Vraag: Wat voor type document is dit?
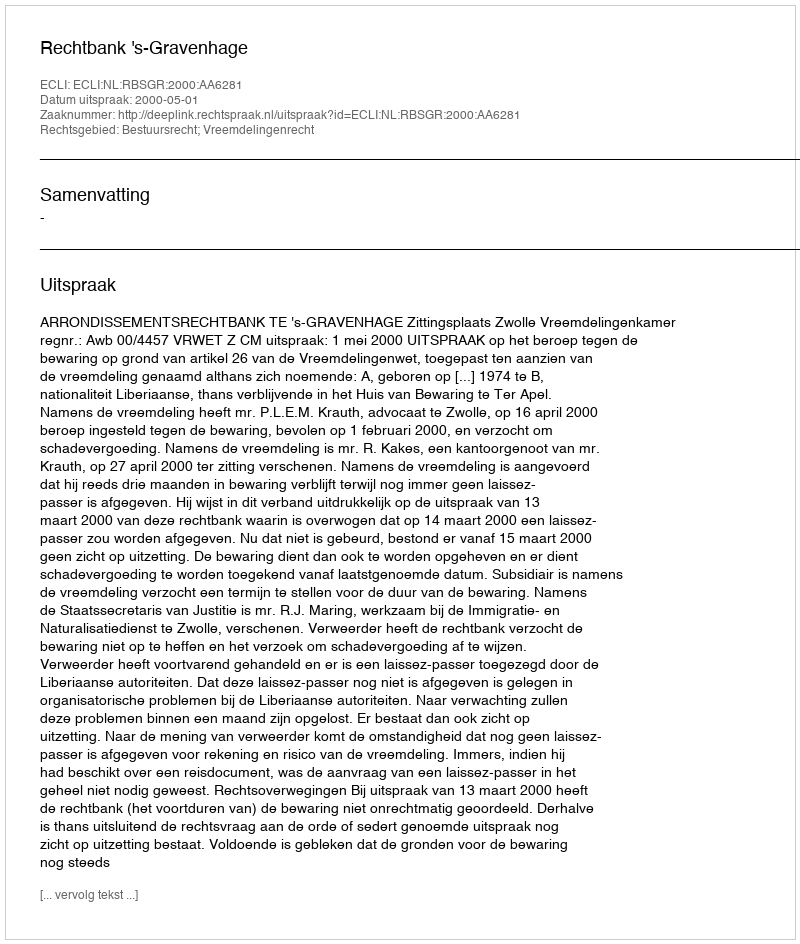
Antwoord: Uitspraak